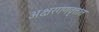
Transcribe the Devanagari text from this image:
अक्षरगणवृत्तात